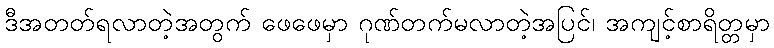
ဒီအတတ်ရလာတဲ့အတွက် ဖေဖေမှာ ဂုဏ်တက်မလာတဲ့အပြင်၊ အကျင့်စာရိတ္တမှာ